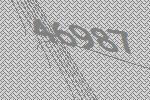
46987